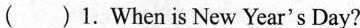
( ) 1.When is New Year's Day?